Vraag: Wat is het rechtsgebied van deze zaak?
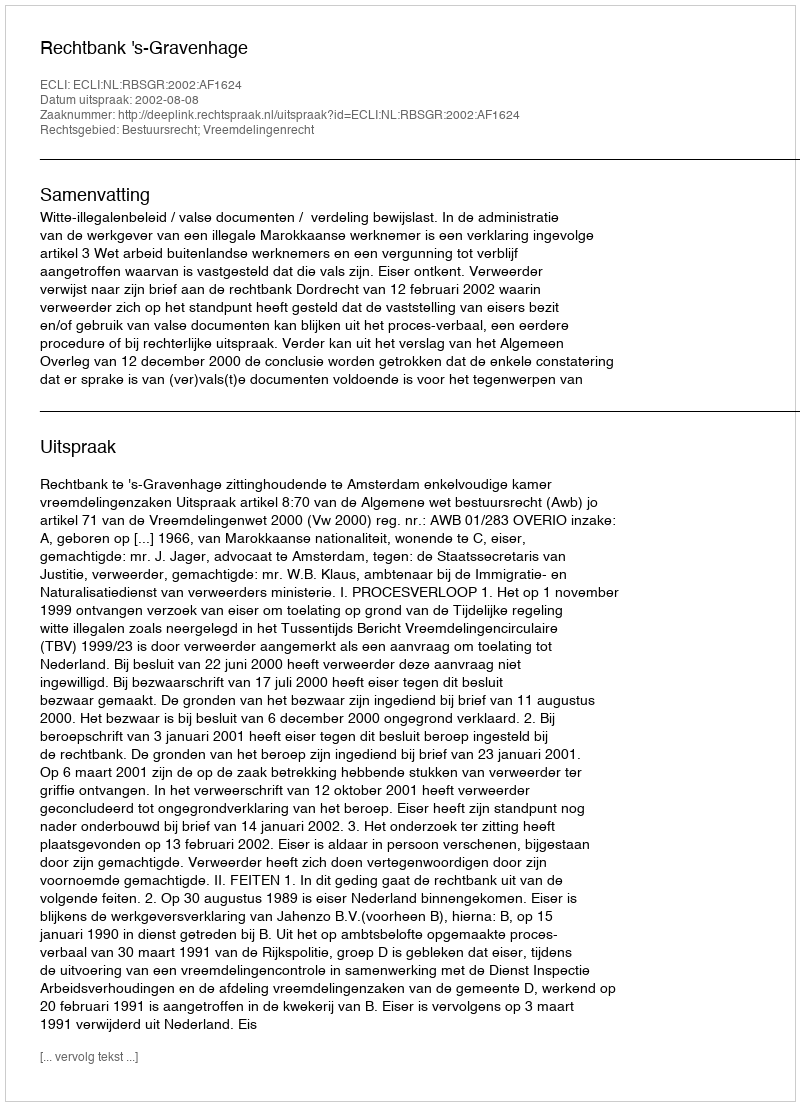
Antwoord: Bestuursrecht; Vreemdelingenrecht